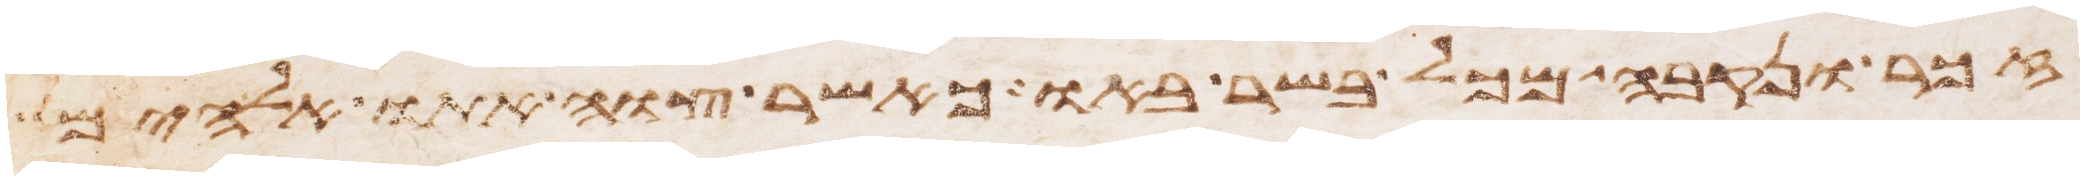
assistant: זכר ונקבה מכל בשר באו כאשר צוה אתו אלהים